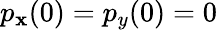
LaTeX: p_{\mathbf{x}}(0)=p_{y}(0)=0